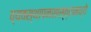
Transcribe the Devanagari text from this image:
व्यवस्थापनशास्त्रामध्ये